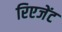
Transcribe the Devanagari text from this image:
रिएजेंट